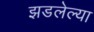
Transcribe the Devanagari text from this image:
झडलेल्या